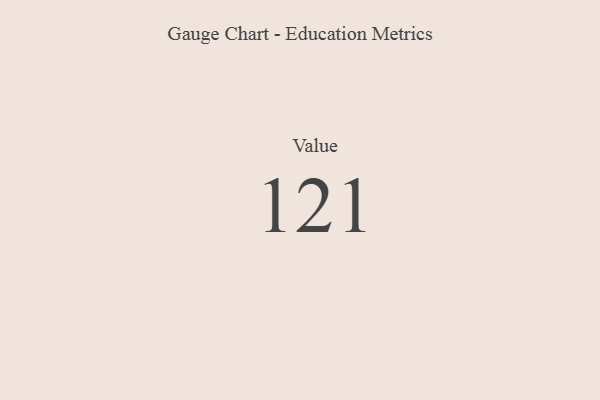
{"axis": {"x": "Metric", "y": "Value"}, "legend": [""], "data": [{"x": "Value", "y": 121, "type": ""}]}